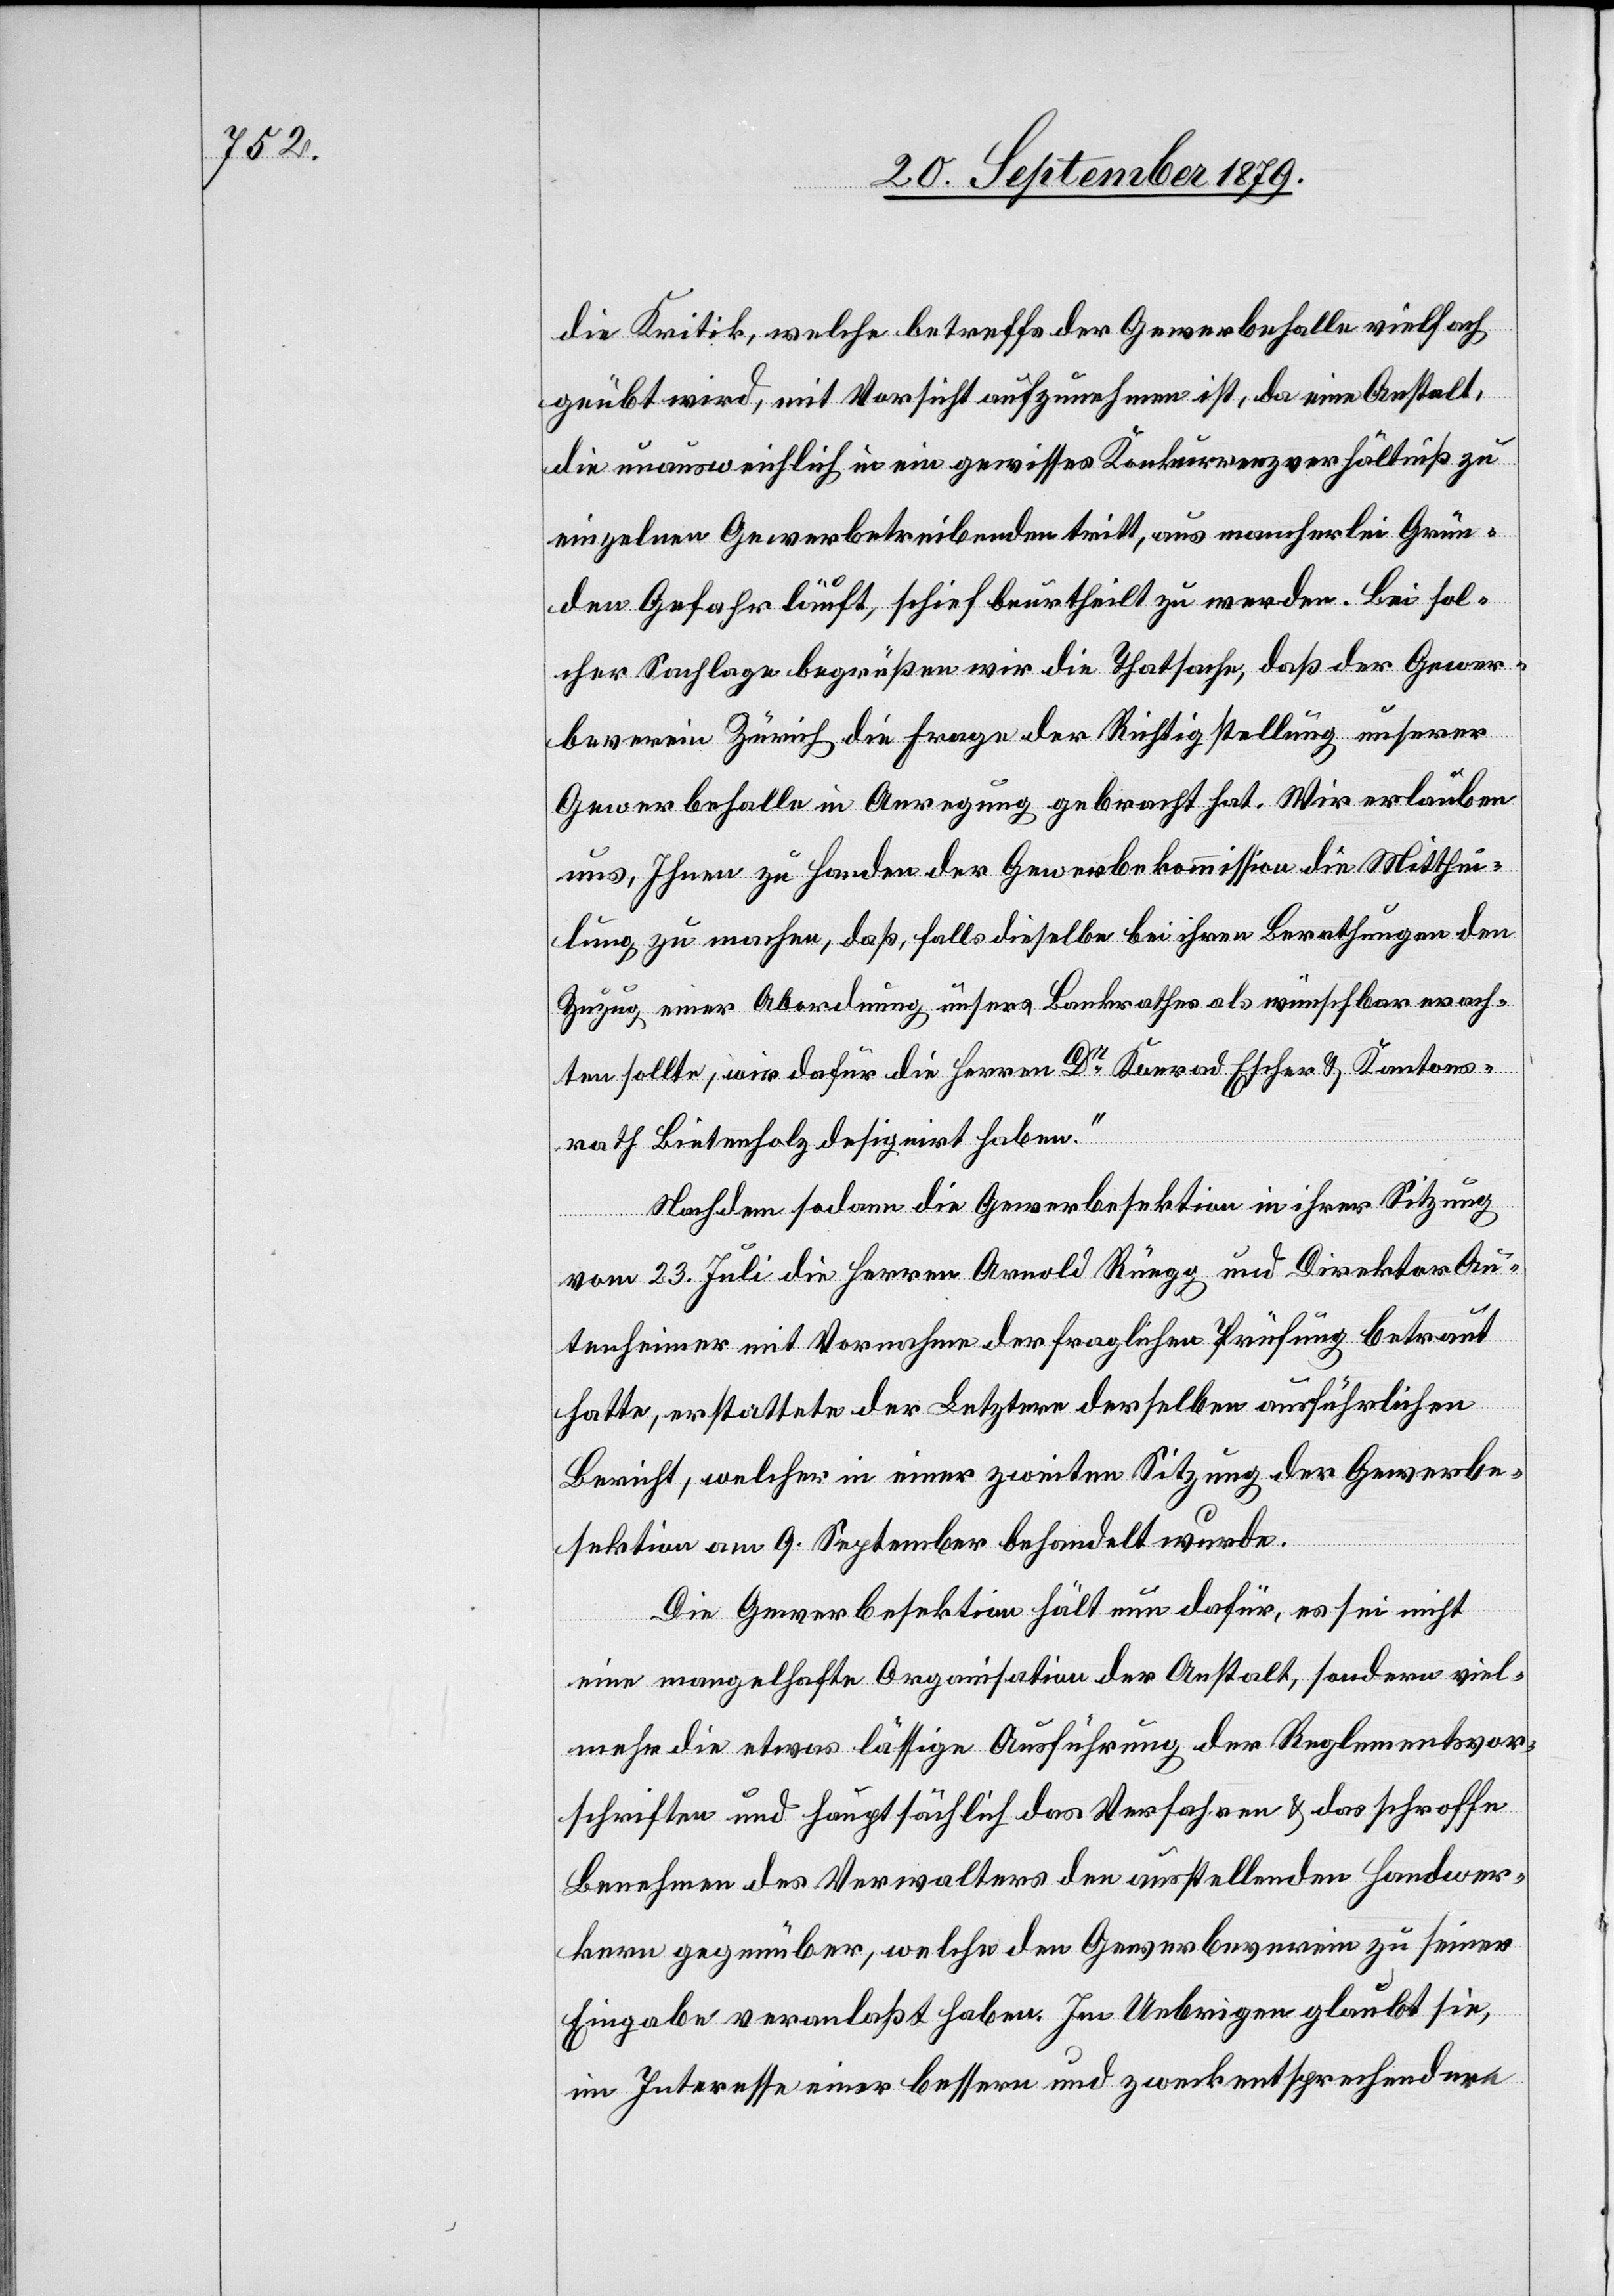
die Kritik, welche betreffs der Gewerbehalle vielfach
geübt wird, mit Vorsicht aufzunehmen ist, da eine Anstalt,
die unausweichlich in ein gewisses Konkurrenzverhältniß zu
einzelnen Gewerbetreibenden tritt, aus mancherlei Grün¬
den Gefahr läuft, schief beurtheilt zu werden. Bei sol¬
cher Sachlage begrüßen wir die Thatsache, daß der Gewer¬
beverein Zürich die Frage der Richtigstellung unserer
Gewerbehalle in Anregung gebracht hat. Wir erlauben
uns, Ihnen zu Handen der Gewerbekommission die Mitthei¬
lung zu machen, daß, falls dieselbe bei ihren Berathungen den
Zuzug einer Abordnung unser[e]s Bankrathes als wünschbar erach¬
ten sollte, wir dafür die Herren Dr Konrad Escher & Kantons¬
rath Bietenholz designirt haben.“
Nachdem sodann die Gewerbesektion in ihrer Sitzung
vom 23. Juli die Herren Arnold Rüegg und Direktor Au¬
tenheimer mit Vornahme der fraglichen Prüfung betraut
hatte, erstattete der Letztere derselben ausführlichen
Bericht, welcher in einer zweiten Sitzung der Gewerbe¬
sektion am 9. September behandelt wurde.
Die Gewerbesektion hält nun dafür, es sei nicht
eine mangelhafte Organisation der Anstalt, sondern viel¬
mehr die etwas lässige Ausführung der Regelementsvor¬
schriften und hauptsächlich das Verfahren & das schroffe
Benehmen des Verwalters den ausstellenden Handwer¬
kern gegenüber, welche den Gewerbeverein zu seiner
Eingabe veranlaßt haben. Im Uebrigen glaubt sie,
im Interesse einer bessern und zweckentsprechenden